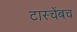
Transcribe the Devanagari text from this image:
टास्चेंबच